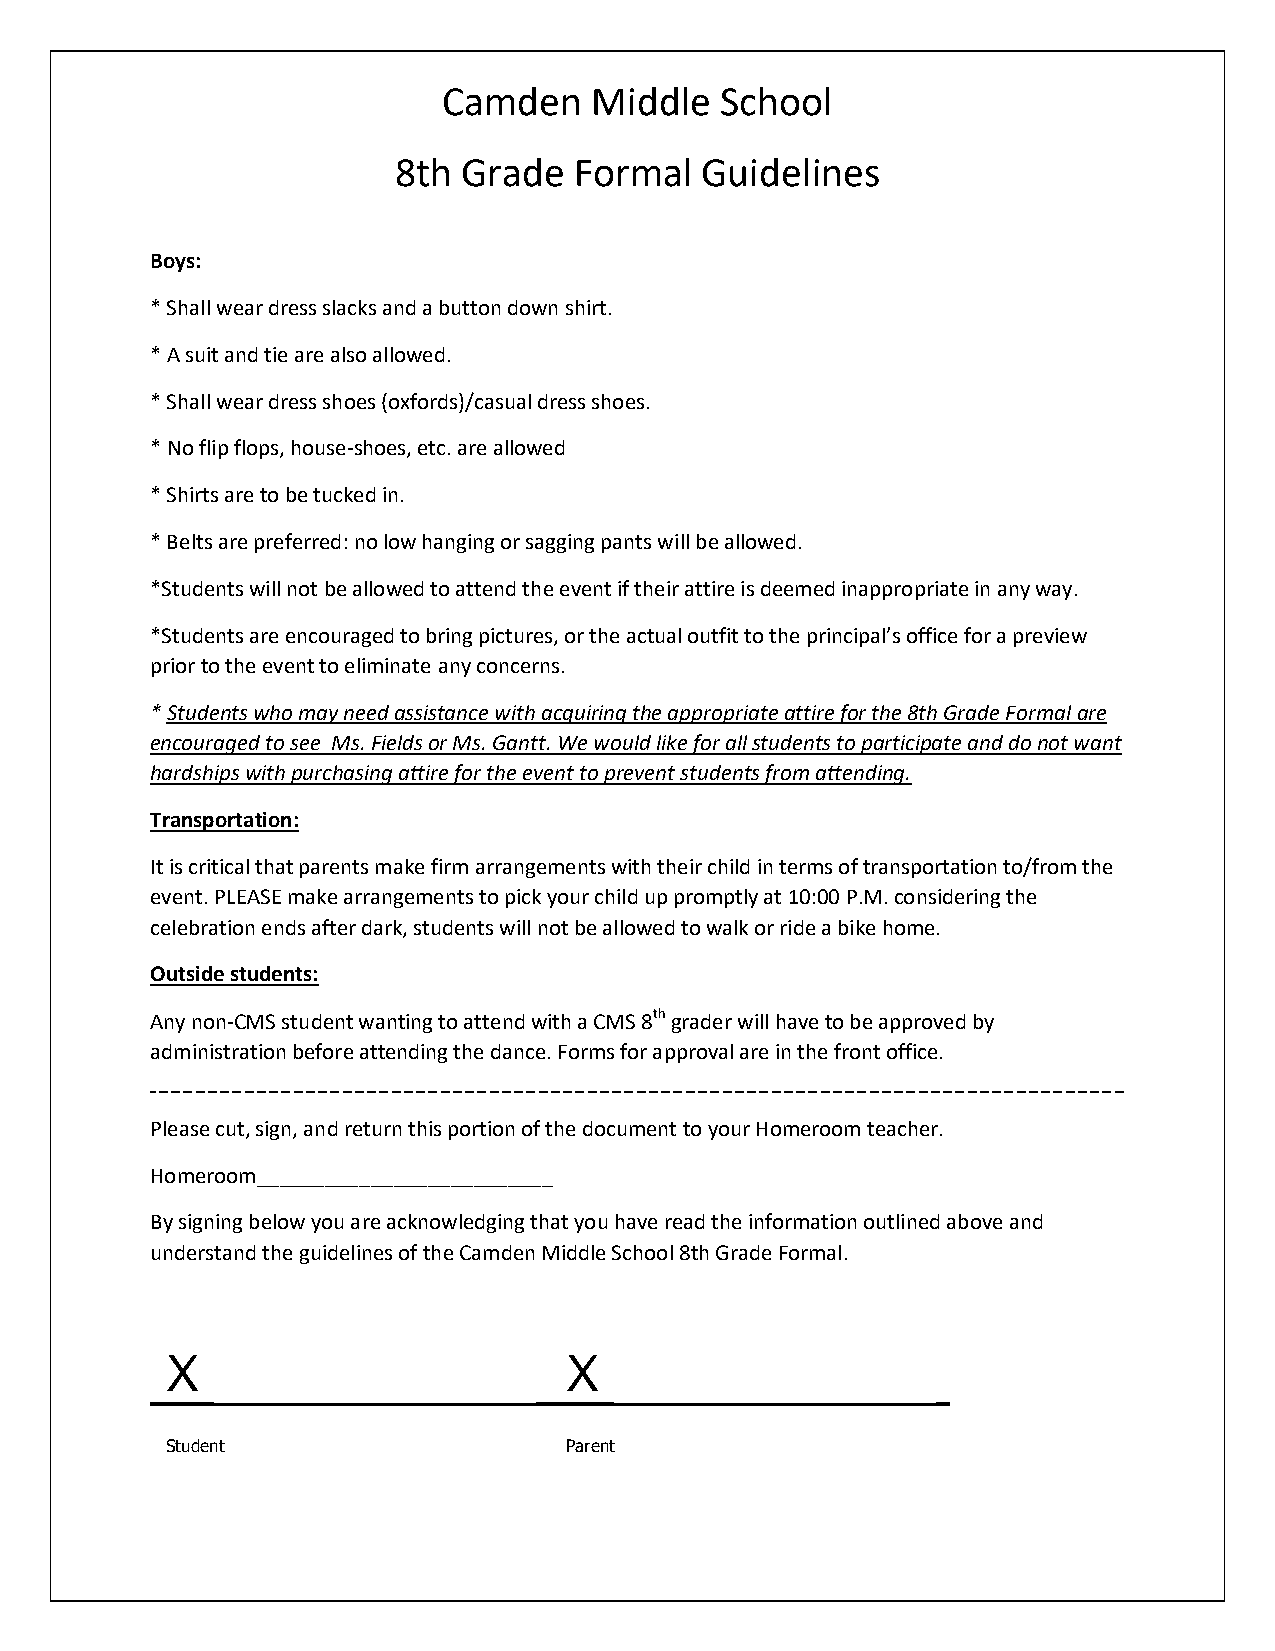
Camden    Middle   School
 8th  Grade  Formal  Guidelines
 Boys:
 * Shall wear dress slacks and a button down shirt.
 * A suit and tie are also allowed.
 * Shall wear dress shoes (oxfords)/casual dress shoes.
 * No flip flops, house-shoes, etc. are allowed
 * Shirts are to be tucked in.
 * Belts are preferred: no low hanging or sagging pants will be allowed.
 *Students will not be allowed to attend the event if their attire is deemed inappropriate in any way.
 *Students are encouraged to bring pictures, or the actual outfit to the principal’s office for a preview
 prior to the event to eliminate any concerns.
 * Students who may need assistance with acquiring the appropriate attire for the 8th Grade Formal are
 encouraged to see Ms. Fields or Ms. Gantt. We would like for all students to participate and do not want
 hardships with purchasing attire for the event to prevent students from attending.
 Transportation:
 It is critical that parents make firm arrangements with their child in terms of transportation to/from the
 event. PLEASE make arrangements to pick your child up promptly at 10:00 P.M. considering the
 celebration ends after dark, students will not be allowed to walk or ride a bike home.
 Outside students:
 Any non-CMS student wanting to attend with a CMS 8th grader will have to be approved by
 administration before attending the dance. Forms for approval are in the front office.
 Please cut, sign, and return this portion of the document to your Homeroom teacher.
 Homeroom__________________________
 By signing below you are acknowledging that you have read the information outlined above and
 understand the guidelines of the Camden Middle School 8th Grade Formal.
 X                         X
 Student                   Parent